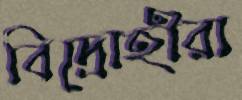
বিদ্রোহীরা